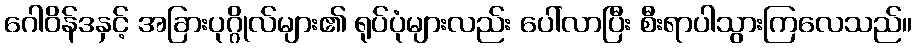
ဂေါဝိန်ဒနှင့် အခြားပုဂ္ဂိုလ်များ၏ ရုပ်ပုံများလည်း ပေါ်လာပြီး စီးရာပါသွားကြလေသည်။